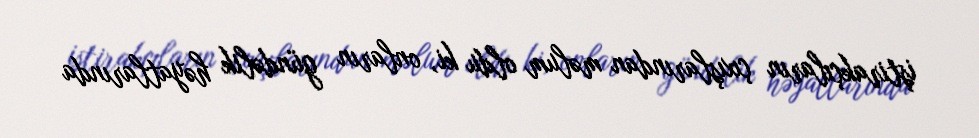
iştirakçıların çıxışlarından məlum oldu ki, onların gündəlik həyatlarında